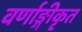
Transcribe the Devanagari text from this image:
वर्णाङ्गीकृत